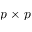
p \times p